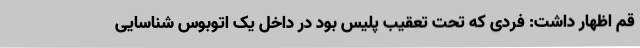
قم اظهار داشت: فردی که تحت تعقیب پلیس بود در داخل یک اتوبوس شناسایی